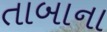
તાબાના